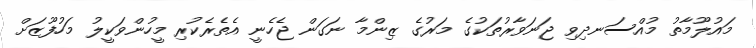
މައުލޫމާތު މުއްސަނދިވި ޖަނަވާރުތަކުގެ މަރުގެ ޒިންމާ ނަގަން ޖެހެނީ އެތެރެކުރި މީހުންވަކީލު މަހުފޫޒަށް